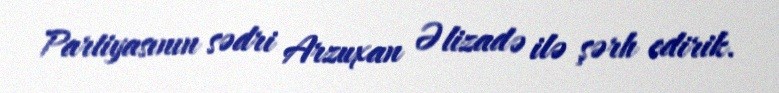
Partiyasının sədri Arzuxan Əlizadə ilə şərh edirik.